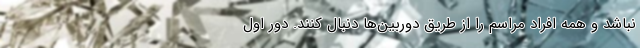
نباشد و همه افراد مراسم را از طریق دوربین‌ها دنبال کنند. دور اول